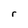
Character: r